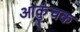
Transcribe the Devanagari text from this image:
आकुंचक